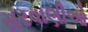
સરવાણીઓ